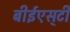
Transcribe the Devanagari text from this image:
बीईएस्‌टी